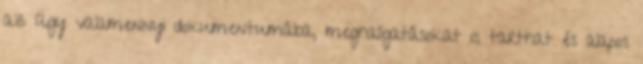
az ügy valamennyi dokumentumába, meghallgatásokat is tarthat és alapos